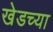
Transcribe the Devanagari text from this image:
खेडच्या